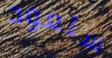
ستعود